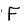
Character: F